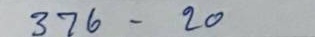
376 - 20